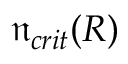
\mathfrak { n } _ { c r i t } ( R )